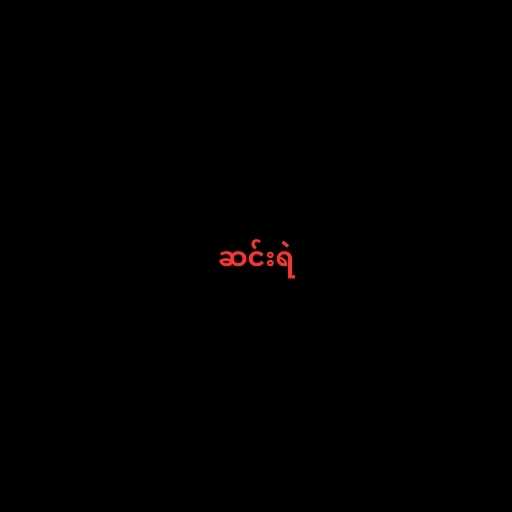
ဆင်းရဲ